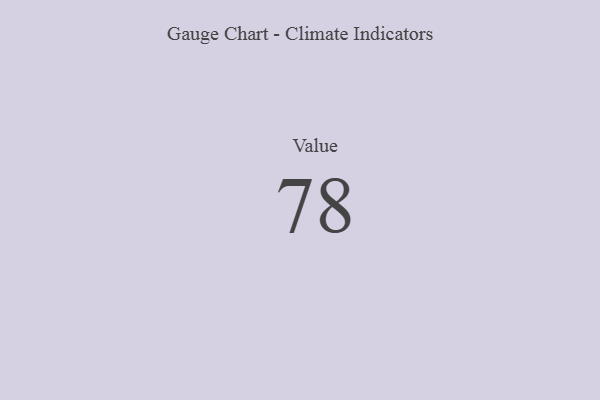
{"axis": {"x": "Metric", "y": "Value"}, "legend": [""], "data": [{"x": "Value", "y": 78, "type": ""}]}